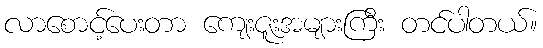
လာစောင့်ပေးတာ ကျေးဇူးအများကြီး တင်ပါတယ်။